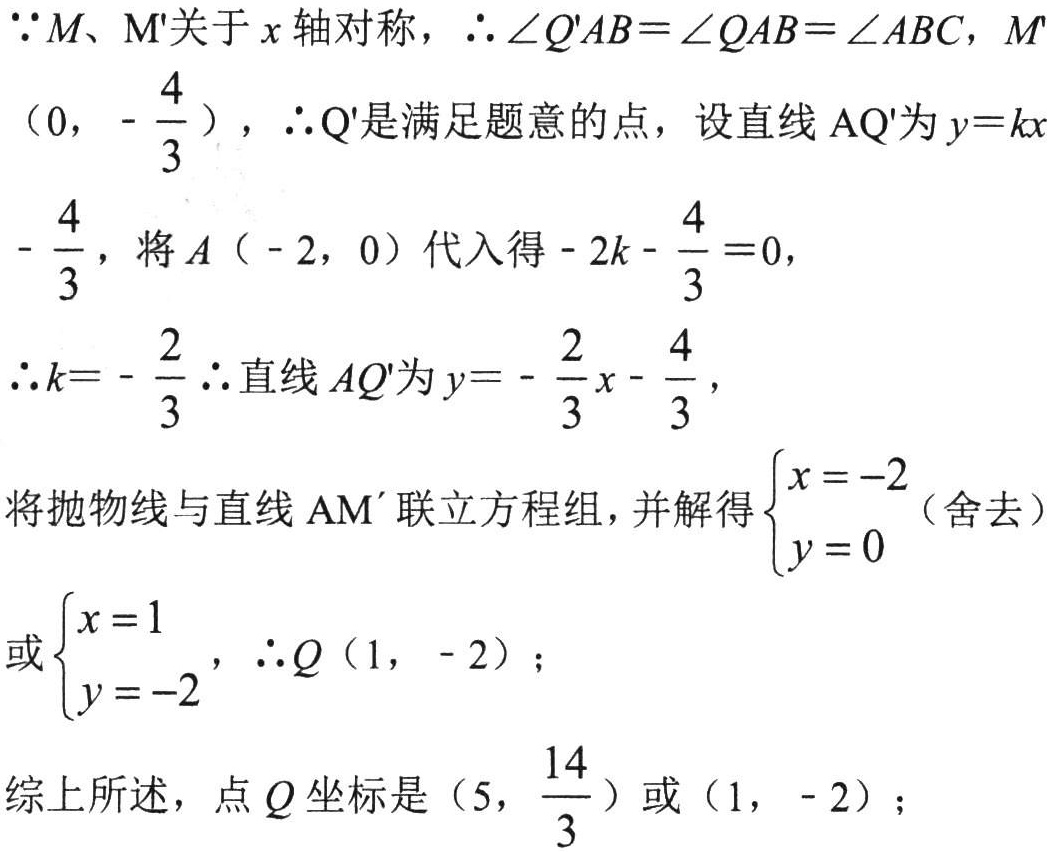
\(\because M、M'\)关于\(x\)轴对称，\(\therefore \angle Q'AB = \angle QAB=\angle ABC\)，\(M'\left(0,-\frac{4}{3}\right)\)，\(\therefore Q'\)是满足题意的点，设直线\(AQ'\)为\(y = kx-\frac{4}{3}\)，将\(A(-2,0)\)代入得\(-2k-\frac{4}{3}=0\)，
\(\therefore k = -\frac{2}{3}\therefore\)直线\(AQ'\)为\(y=-\frac{2}{3}x - \frac{4}{3}\)，
将抛物线与直线\(AM'\)联立方程组，并解得\(\begin{cases}x = -2\\y = 0\end{cases}\)（舍去）或\(\begin{cases}x = 1\\y = -2\end{cases}\)，\(\therefore Q(1,-2)\)；
综上所述，点\(Q\)坐标是\(\left(5,\frac{14}{3}\right)\)或\((1,-2)\)；